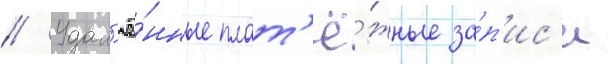
// Удал'ё́нные плат'ё́жные за́п'ис'и